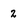
Character: 2